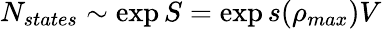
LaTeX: N_{states}\sim\exp{S}=\exp s(\rho_{max})V